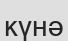
күнә